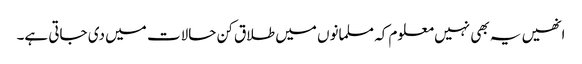
انھیں یہ بھی نہیں معلوم کہ مسلمانوں میں طلاق کن حالات میں دی جاتی ہے۔